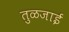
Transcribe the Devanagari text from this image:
तुळजाई